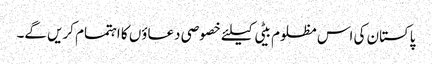
پاکستان کی اس مظلوم بیٹی کیلئے خصوصی دعاؤں کا اہتمام کریں گے۔